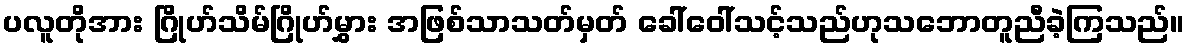
ပလူတိုအား ဂြိုဟ်သိမ်ဂြိုဟ်မွှား အဖြစ်သာသတ်မှတ် ခေါ်ဝေါ်သင့်သည်ဟုသဘောတူညီခဲ့ကြသည်။